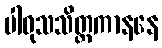
ပါဝုသသိတ္ထကာနနေ